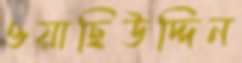
ওয়াছিউদ্দিন